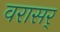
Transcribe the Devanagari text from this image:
वरासर्